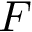
F